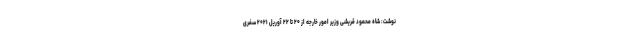
نوشت: شاه محمود قریشی وزیر امور خارجه از ۲۰ تا ۲۲ آوریل ۲۰۲۱ سفری